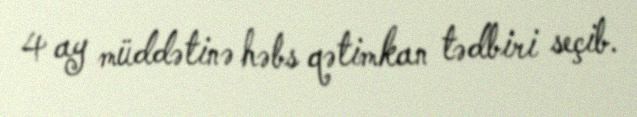
4 ay müddətinə həbs qətimkan tədbiri seçib.